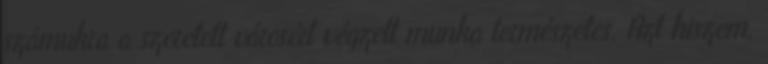
számukra a szeretett városért végzett munka természetes. Azt hiszem,